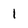
Character: 1